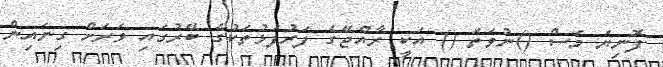
ފޮނިޔަ މަސް ()ނުވަތަ () އަކީ ރާއްޖޭގެ ފަރުފަޅުތަކުގެ ބޭރުގައި ވަރަށް ގިނައިން